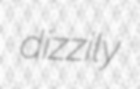
dizzily